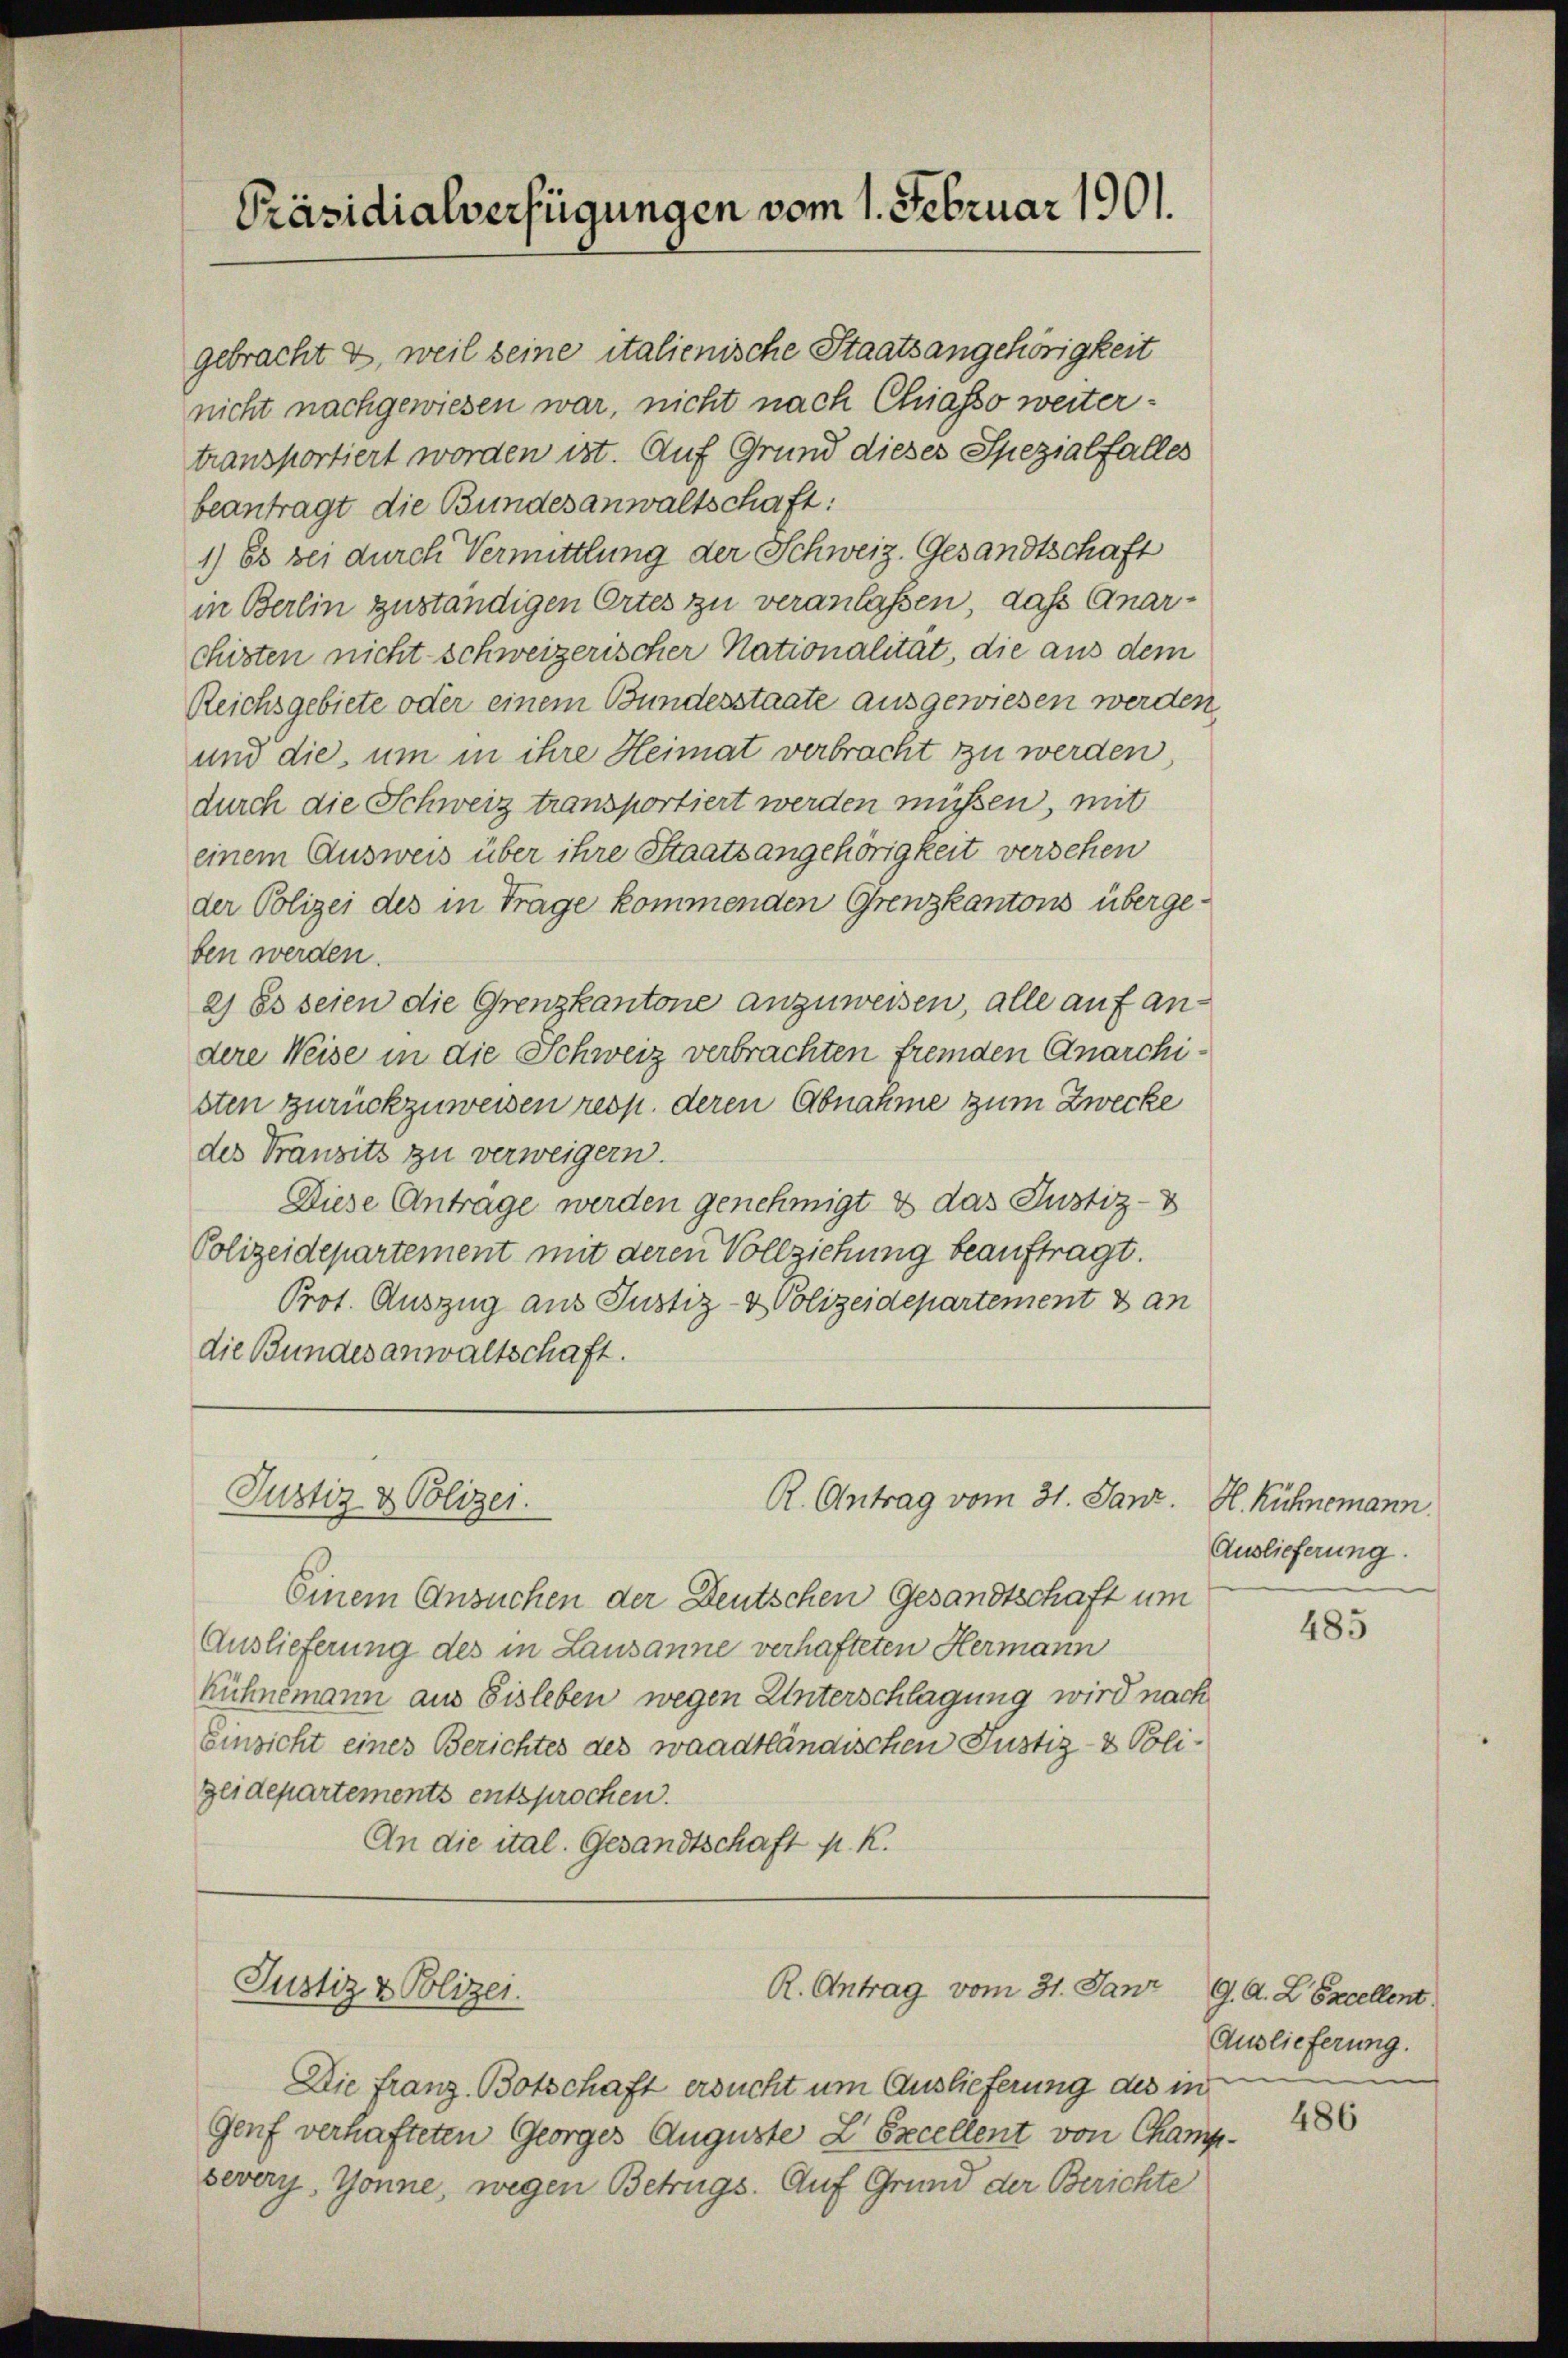
Präsidialverfügungen vom 1. Februar 1901.

gebracht 2, weil seine italienische Staatsangehörigkeit
nicht nachgewiesen war, nicht nach Chiasso weitertransportiert worden ist. Auf Grund dieses Spezialfalles
beantragt die Bundesanwaltschaft:
1) Es bei durch Vermittlung der Schweiz. Gesandtschaft
in Berlin zuständigen Ortes zu veranlassen, das Quarchisten nicht schweizerischer Nationalität, die aus dem
Reichsgebiete oder einem Bundesstaate ausgewiesen werden
und die, um in ihre Heimat verbracht zu werden
durch die Schweiz transportiert werden müßen, mit
einem Ausweis über ihre Staatsangehörigkeit versehen
der Polizei des in Trage kommenden Grenzkantons übergeben werden.
2) Es seien die Grenzkantone anzuweisen, alle auf andere Weise in die Schweiz verbrachten fremden Anarchisten zurückzuweisen resp. deren Abnahme zum Zwecke
des Transitz zu verweigern.
Diese Anträge werden genehmigt & das Justiz-
Polizeidepartement mit deren Vollziehung beauftragt.
Prot. Auszug aus Justiz- & Polizeidepartement & an
die Bundesanwaltschaft.

Justiz & Polizei.

Justiz & Polizei.

R. Antrag vom 31. Janz. H. Kühnemann.

Einem Ansuchen der Deutschen Gesandtschaft um
Auslieferung des in Lausanne verhafteten Hermann
kühnemann aus Eisleben wegen Unterschlagung wird nach
Einsicht eines Berichtes des waadtländischen Justiz- & Poligeidepartements entsprochen.
An die ital. Gesandtschaft p. K.

R. Antrag vom 31. Janz

Die franz Botschaft ersucht um Auslieferung des in
Genf verhafteten Georges Auguste L. Excellent von Champsevery, Sonne, wegen Betrugs. Auf Grund der Berichte

Auslieferung.

485

G. A. L. Excellent
Auslieferung.

486